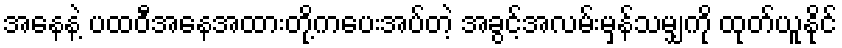
အနေနဲ့ ပထဝီအနေအထားတို့ကပေးအပ်တဲ့ အခွင့်အလမ်းမှန်သမျှကို ထုတ်ယူနိုင်